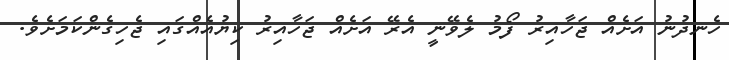
ހެނދުނު އަށެއް ޖަހާއިރު ފޯމު ލެވޭނީ އެރޭ އަށެއް ޖަހާއިރު ކިޔުއެއްގައި ޖެހިގެންކަމަށެވެ.